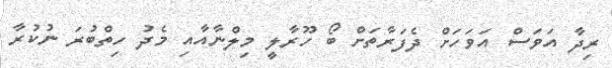
ރިދާ އަވަސް އަވަހަށް ދެފަރާތަށް ބޯ ހޫރާލީ މިލްނާއާއި މެދު ހިތްބުރަ ނުކުރާ